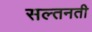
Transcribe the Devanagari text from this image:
सल्तनती